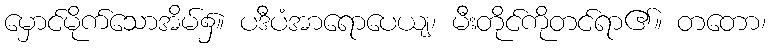
မှောင်မိုက်သောအိမ်၌။ ပဒီပံအာရောပေယျ၊ မီးတိုင်ကိုတင်ရာ၏။ တတော၊